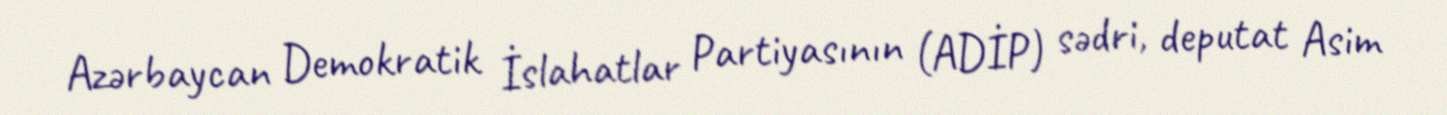
Azərbaycan Demokratik İslahatlar Partiyasının (ADİP) sədri, deputat Asim